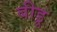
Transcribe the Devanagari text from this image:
बीडू